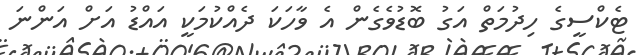
ޓެކްސީގެ ހިދުމަތް އަގު ބޮޑުވެގެން އެ ވާހަކަ ދެއްކުމަކީ އައްޑު އަށް އަންނަ